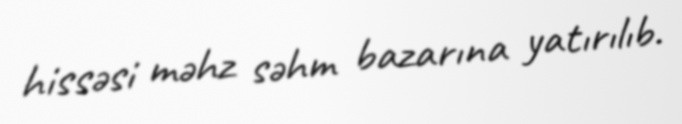
hissəsi məhz səhm bazarına yatırılıb.